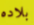
بلاده